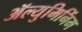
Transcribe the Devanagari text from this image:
ॲल्युमिनिंम